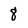
Character: 8